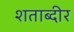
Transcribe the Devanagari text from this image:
शताब्दीर